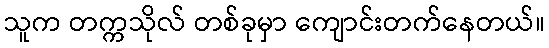
သူက တက္ကသိုလ် တစ်ခုမှာ ကျောင်းတက်နေတယ်။